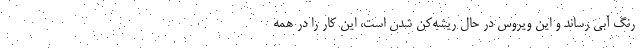
رنگ آبی رساند و این ویروس در حال ریشه‌کن شدن است، این کار را در همه